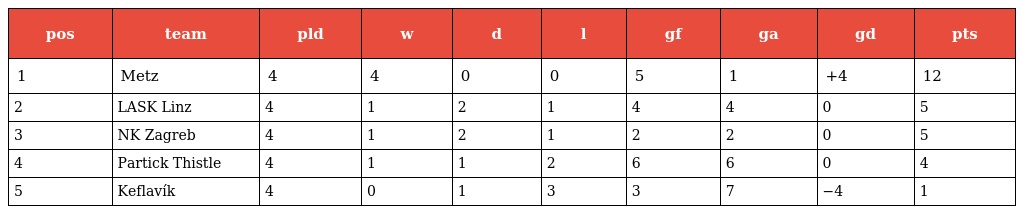
| pos | team | pld | w | d | l | gf | ga | gd | pts |
 | --- | --- | --- | --- | --- | --- | --- | --- | --- | --- |
 | 1 | Metz | 4 | 4 | 0 | 0 | 5 | 1 | +4 | 12 |
 | 2 | LASK Linz | 4 | 1 | 2 | 1 | 4 | 4 | 0 | 5 |
 | 3 | NK Zagreb | 4 | 1 | 2 | 1 | 2 | 2 | 0 | 5 |
 | 4 | Partick Thistle | 4 | 1 | 1 | 2 | 6 | 6 | 0 | 4 |
 | 5 | Keflavík | 4 | 0 | 1 | 3 | 3 | 7 | −4 | 1 |